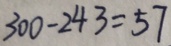
3 0 0 - 2 4 3 = 5 7